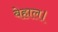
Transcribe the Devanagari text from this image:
बेहाल।